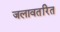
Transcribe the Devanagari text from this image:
जलावतरित